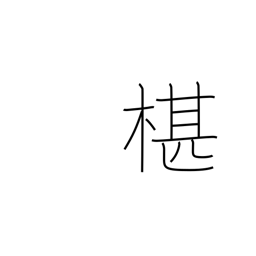
Meaning: type of cypress